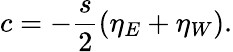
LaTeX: c=-\frac{s}{2}(\eta_{E}+\eta_{W}).